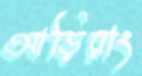
আড়িরাং